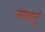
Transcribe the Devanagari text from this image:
नामनुं